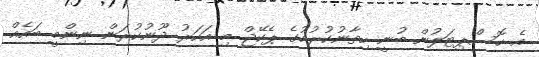
އެ ހޮސްޕިޓަލުން ބުނީ ހިތާނުކުރުމުގެ ޕެކޭޖް މި އަހަރު ދޫނުކުރަން ނިންމީ ބައެއް